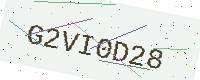
Text: G2VI0D28